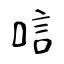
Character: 唁